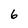
Character: 6